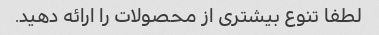
لطفا تنوع بیشتری از محصولات را ارائه دهید.